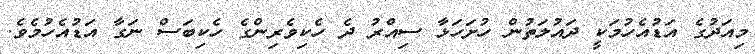
މިއަދުގެ އަޑުއެހުމަކީ ދައުލަތުން ހުށަހަޅާ ސިއްރު ދެ ހެކިވެރިންގެ ހެކިބަސް ނަގާ އަޑުއެހުމެވެ.